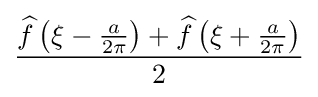
{\frac {{\widehat {f}}\left(\xi -{\frac {a}{2\pi }}\right)+{\widehat {f}}\left(\xi +{\frac {a}{2\pi }}\right)}{2}}